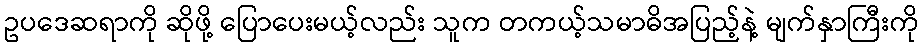
ဥပဒေဆရာကို ဆိုဖို့ ပြောပေးမယ့်လည်း သူက တကယ့်သမာဓိအပြည့်နဲ့ မျက်နှာကြီးကို